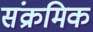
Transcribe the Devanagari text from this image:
संक्रमिक